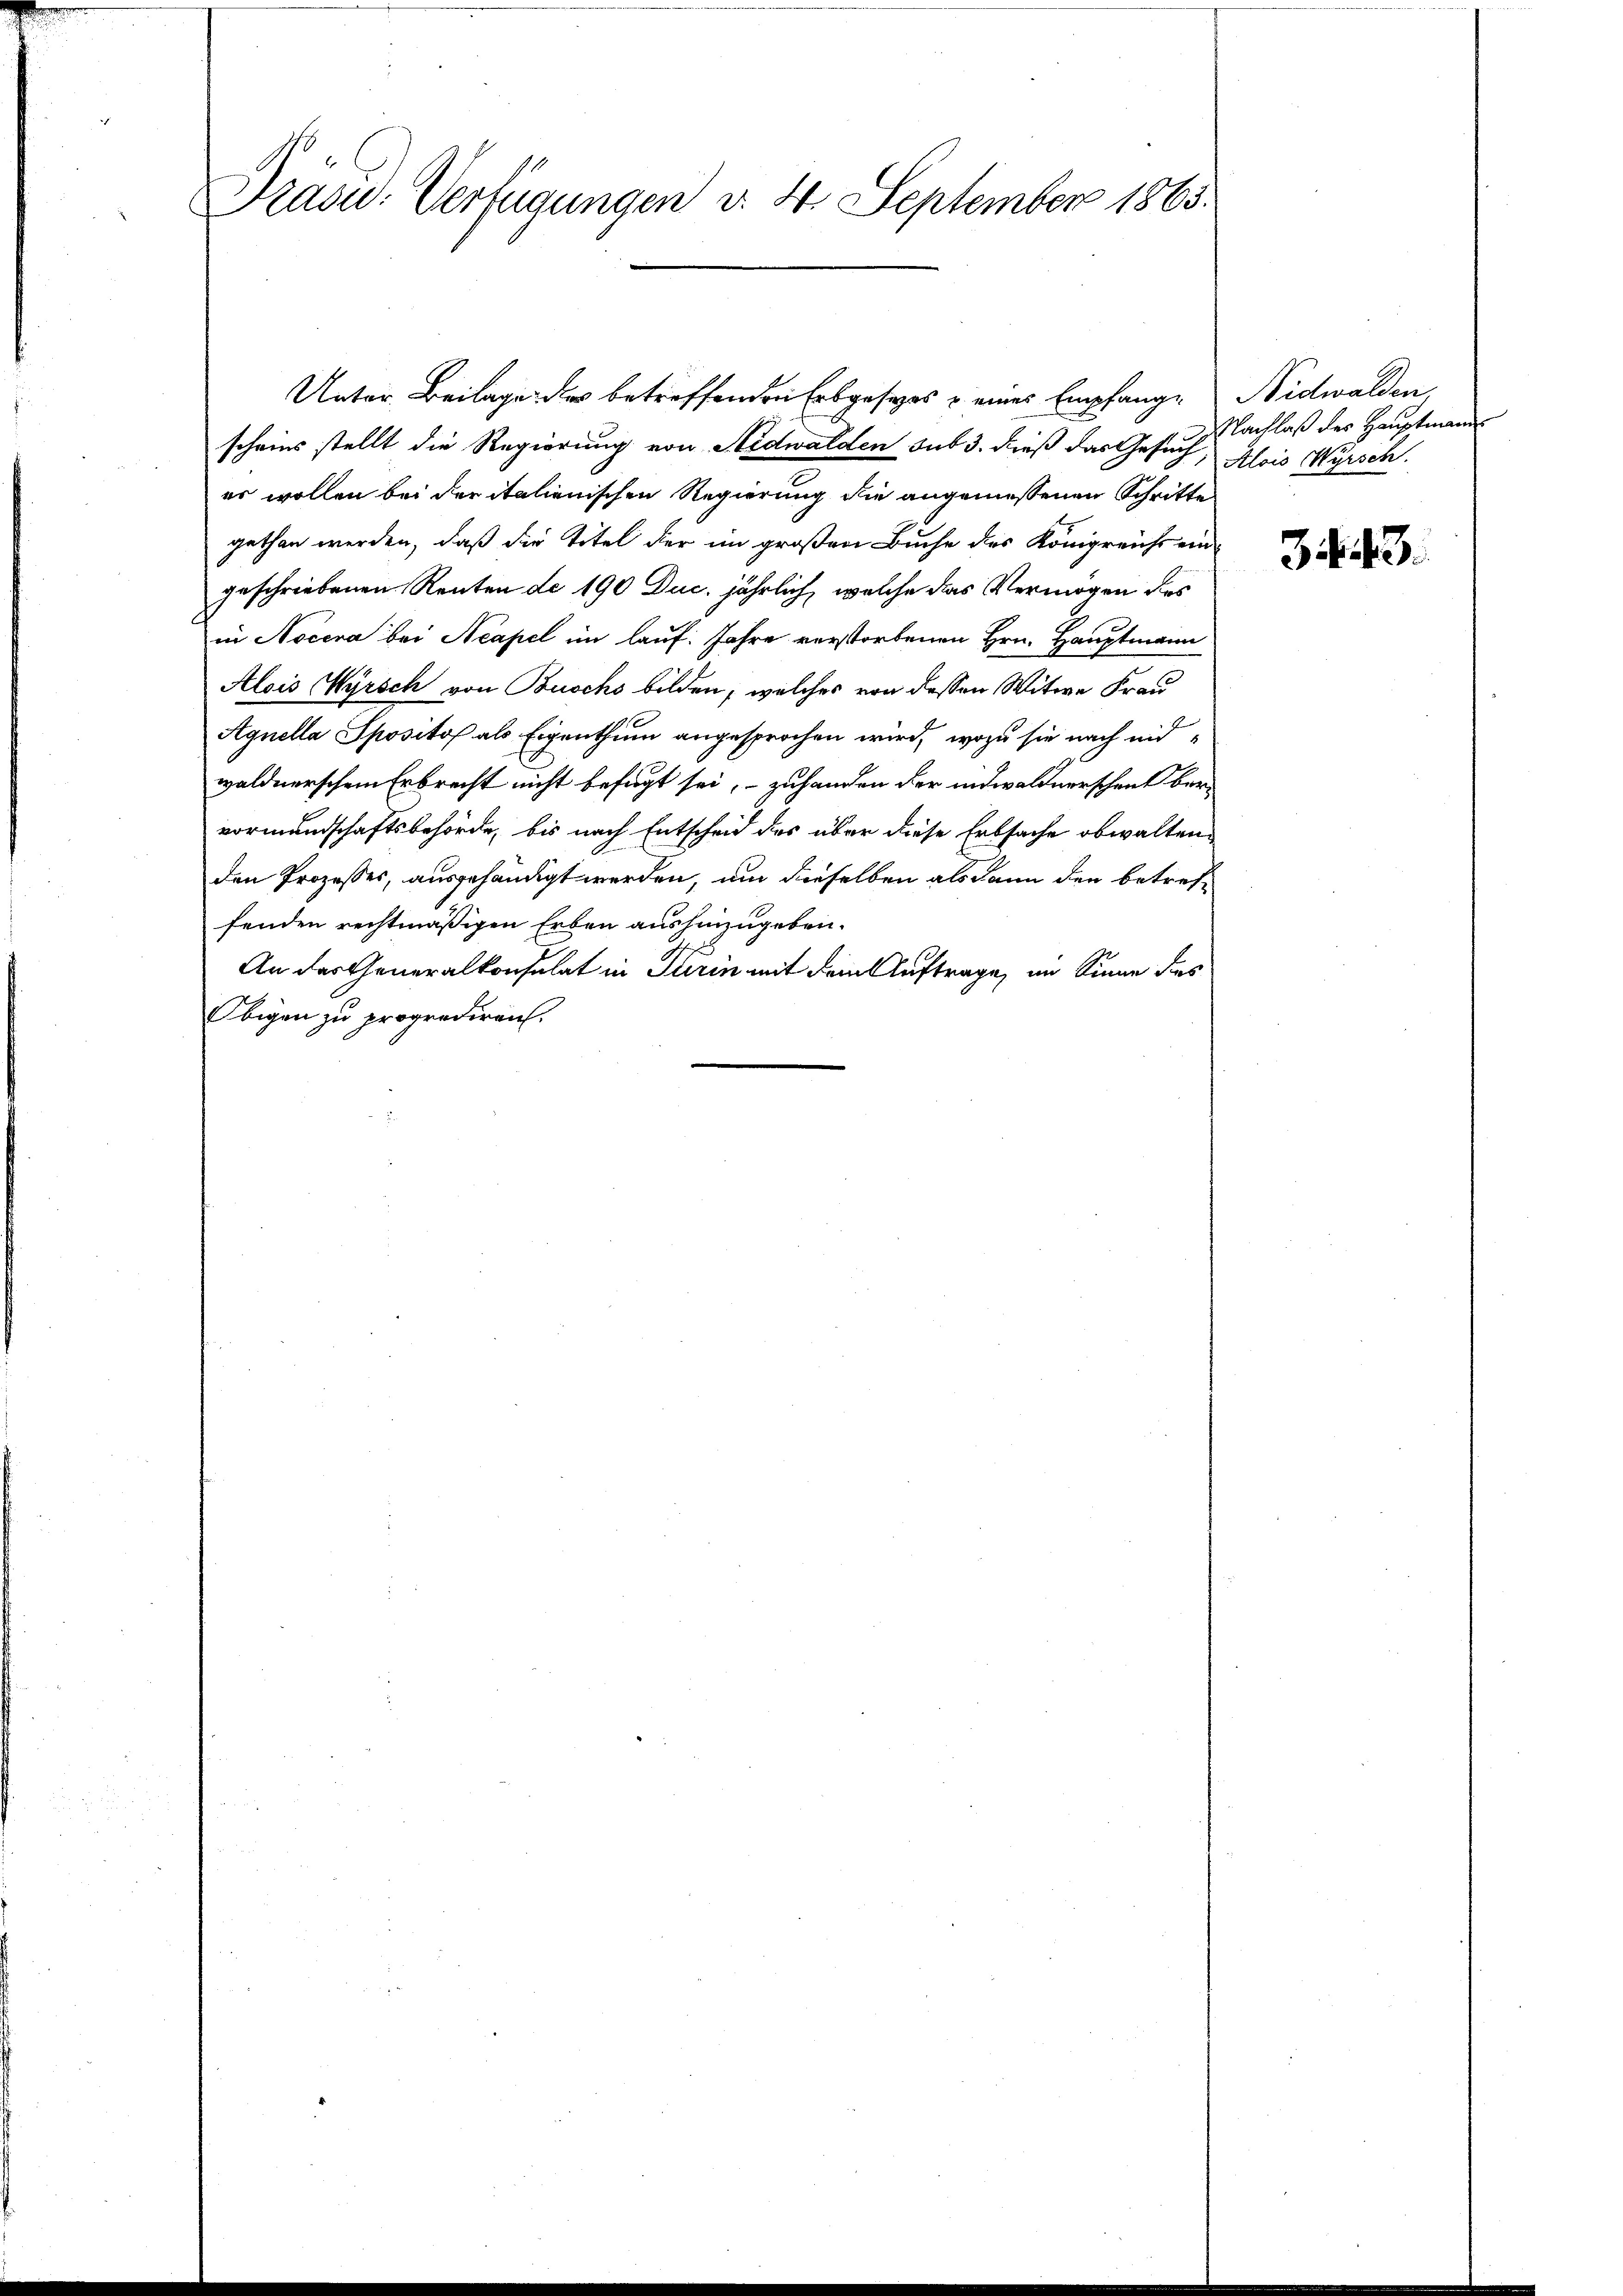
scheins stellt die Regierung von Nidwalden sub 3. dieß das Gesuch,
er wollen bei der italienischen Regierung die angemessenen Schritte
gethan werden, daß die Titel der im großen Buche des Königreichs eingeschriebenen Renten de 190 Duc. jährlich, welche das Vermögen des
in Nocera bei Acapel im lauf: Jahre verstorbenen Hrn. Hauptmann
Alois Wyrsch von Buschs bilden, welches von dessen Witwe Frau
Agnella Spositos als Eigenthum angesprochen wird, wozu sie nach eid
waldnerschem Erbrecht nicht befugt sei, - zuhanden der indwaldnerschent ber
vormundschaftsbehörde, bis nach Entscheid des über diese Erbsache obwalten.
den Prozesses, ausgehändigt werden, um dieselben als dann der betreffenden rechtmäßigen Erben aushinzugeben.
An der Generalkonsulat in Turin mit dem Auftrage, im Sinne des
Obigen zu proprediren.

Präsid.- Verfügungen d. 4. September 1865.

Unter Beilage des betreffenden Erbgesezes u eines Empfange Nidwalden

Nachlaß des Hauptmann
Alois Hirsch.

343.